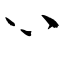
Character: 心